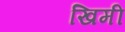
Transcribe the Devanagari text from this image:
खिमी